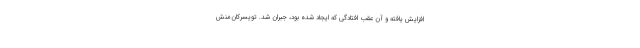
افزایش یافته و آن عقب افتادگی که ایجاد شده بود، جبران شد. تویسرکان‌منش